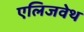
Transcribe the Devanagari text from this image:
एलिजवेथ